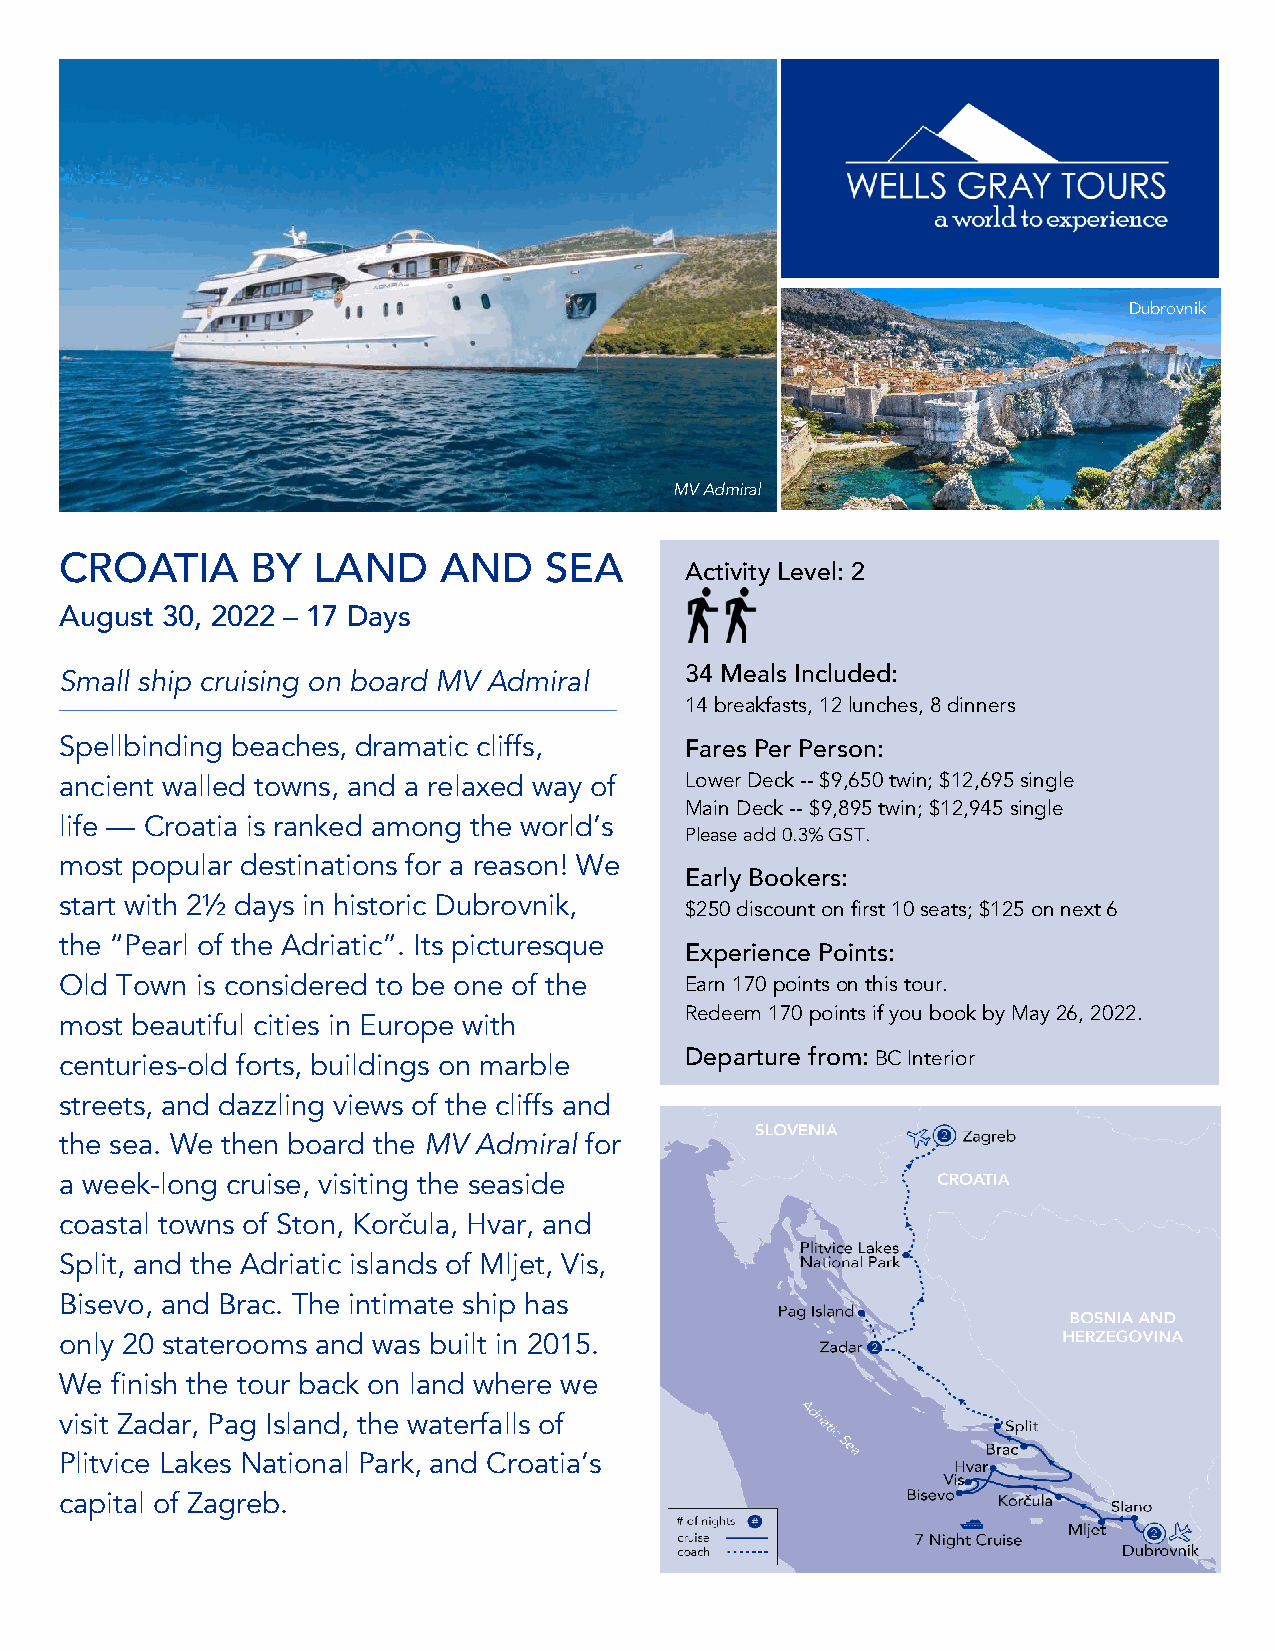
Dubrovnik
 MV Admiral
 CROATIA      BY  LAND    AND    SEA
 Activity Level: 2
 August 30, 2022 – 17 Days
 Small ship cruising on board MV Admiral  34 Meals Included:
 14 breakfasts, 12 lunches, 8 dinners
 Spellbinding beaches, dramatic cliffs,   Fares Per Person:
 ancient walled towns, and a relaxed way of Lower Deck -- $9,650 twin; $12,695 single
 Main Deck -- $9,895 twin; $12,945 single
 life — Croatia is ranked among the world’s
 Please add 0.3% GST.
 most popular destinations for a reason! We
 Early Bookers:
 start with 2½ days in historic Dubrovnik,
 $250 discount on first 10 seats; $125 on next 6
 the “Pearl of the Adriatic”. Its picturesque
 Experience Points:
 Old Town is considered to be one of the  Earn 170 points on this tour.
 Redeem 170 points if you book by May 26, 2022.
 most beautiful cities in Europe with
 centuries-old forts, buildings on marble Departure from: BC Interior
 streets, and dazzling views of the cliffs and
 the sea. We then board the MV Admiral for
 a week-long cruise, visiting the seaside
 coastal towns of Ston, Korčula, Hvar, and
 Split, and the Adriatic islands of Mljet, Vis,
 Bisevo, and Brac. The intimate ship has
 only 20 staterooms and was built in 2015.
 We finish the tour back on land where we
 visit Zadar, Pag Island, the waterfalls of
 Plitvice Lakes National Park, and Croatia’s
 capital of Zagreb.